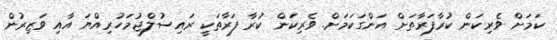
ކަމަށް ވެރިކަން ކުރާފަރާތަށް އަންގަކަމަށް. ވެރިކަން ކުރާ ފަރާތަކީ ރައިސުލްޖުމަހުރިއްޔަ އާއި ވަޒިރުން